Annual report of the Punjab Veterinary College and of the Civil Veterinary Department, Punjab - 1909-1919
Year: 1909
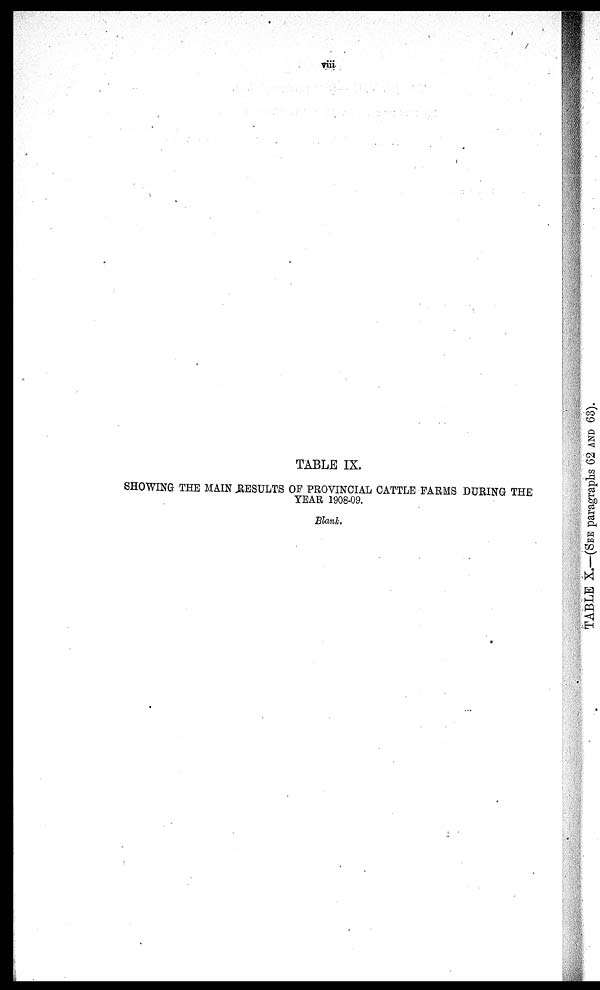
TABLE IX.
SHOWING THE MAIN RESULTS OF PROVINCIAL CATTLE FARMS DURING THE
YEAR 1908-09.
Blank.